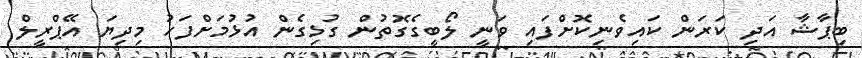
ބިޕާޝާ އަދި ކަރަން ކައިވެނިކޮށްފައި ވަނީ ލޯބީގެގޮތުން ގުޅިގެން އުޅުމަށްފަހު މިދިޔަ އޭޕްރީލް